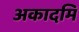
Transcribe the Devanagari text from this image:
अकादमि